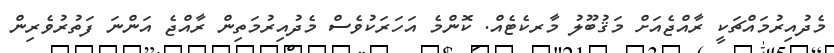
މެދުއިރުމައްޗަކީ ރާއްޖެއަށް މަޤުބޫލު މާރކެޓެއް. ކޮންމެ އަހަރަކުވެސް މެދުއިރުމަތިން ރާއްޖެ އަންނަ ފަތުރުވެރިން